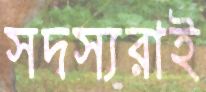
সদস্যরাই